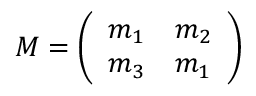
{ \cal M } = \left( \begin{array} { c c } { { m _ { 1 } } } & { { m _ { 2 } } } \\ { { m _ { 3 } } } & { { m _ { 1 } } } \end{array} \right)